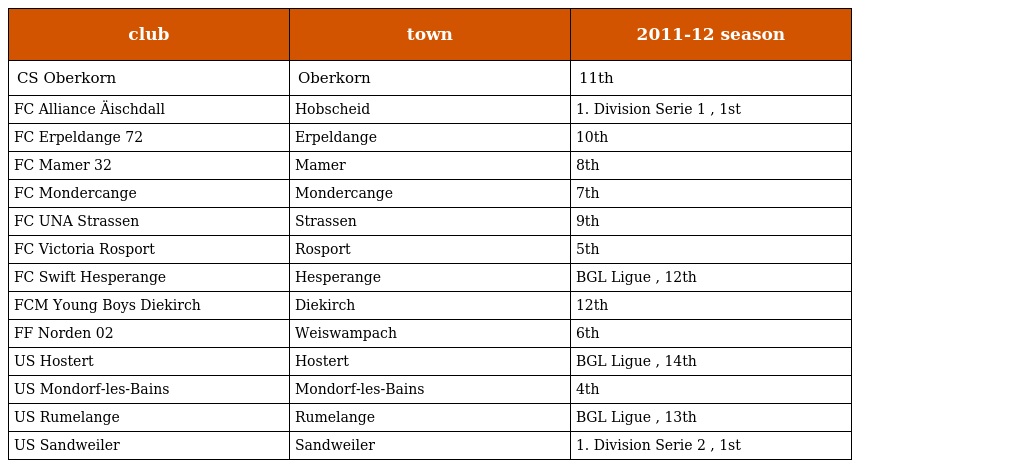
| club | town | 2011-12 season |
 | --- | --- | --- |
 | CS Oberkorn | Oberkorn | 11th |
 | FC Alliance Äischdall | Hobscheid | 1. Division Serie 1 , 1st |
 | FC Erpeldange 72 | Erpeldange | 10th |
 | FC Mamer 32 | Mamer | 8th |
 | FC Mondercange | Mondercange | 7th |
 | FC UNA Strassen | Strassen | 9th |
 | FC Victoria Rosport | Rosport | 5th |
 | FC Swift Hesperange | Hesperange | BGL Ligue , 12th |
 | FCM Young Boys Diekirch | Diekirch | 12th |
 | FF Norden 02 | Weiswampach | 6th |
 | US Hostert | Hostert | BGL Ligue , 14th |
 | US Mondorf-les-Bains | Mondorf-les-Bains | 4th |
 | US Rumelange | Rumelange | BGL Ligue , 13th |
 | US Sandweiler | Sandweiler | 1. Division Serie 2 , 1st |